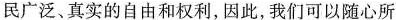
民广泛、真实的自由和权利，因此，我们可以随心所